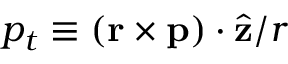
p _ { t } \equiv \left( \mathbf { r } \times \mathbf { p } \right) \cdot \hat { \mathbf { z } } / r